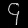
Digit: ၄